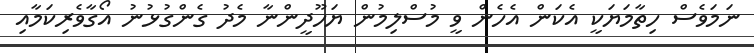
ނަމަވެސް ހިތާމަޔަކީ އެކަން އެހެން ވީ މުސްލިމުން ޔަހޫދީންނާ މެދު ގެންގުޅުނު އޯގާވެރިކަމާއި